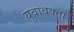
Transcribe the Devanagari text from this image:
युवावक्ता